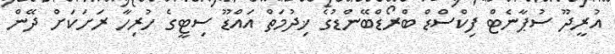
އުރީދޫ ސުޕާނެޓް ފިކްސްޑް ބްރޯޑްބޭންޑުގެ ޚިދުމަތް އައްޑޫ ސިޓީގެ ހުރިހާ ރަށަކަށް ދޭން